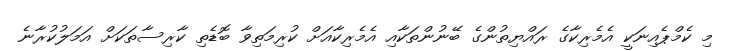
މި ކެމްޕެއިނަކީ އެމެރިކާގެ ރައްޔިތުންގެ ބޭނުންތަކާއި އެމެރިކާއަށް ކުރިމަތިވާ ބޮޑެތި ކާރިސާތަކަށް އަމަލުކުރާނެ